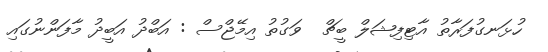
ހުޅަނގުފަރާތު އާޓިފިޝަލް ބީޗް  ވަގުތު އިމޭޖްސް : އަބްދު އަބީދު މާފަންނުގައި